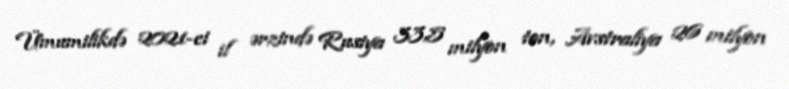
Ümumilikdə 2021-ci il ərzində Rusiya 33,5 milyon ton, Avstraliya 26 milyon